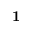
\textbf { 1 }